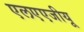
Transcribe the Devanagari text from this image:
एलएएजीयू